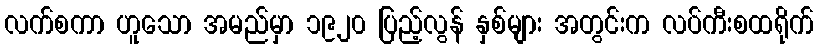
လက်စကာ ဟူသော အမည်မှာ ၁၉၂၀ ပြည့်လွန် နှစ်များ အတွင်းက လပ်ကီးစထရိုက်